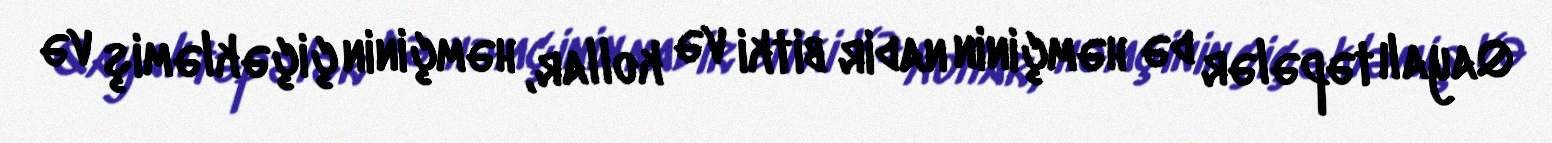
Qayalı təpələr də həmçinin nadir bitki və kollar, həmçinin çiçəkləmiş və